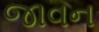
જાવન